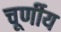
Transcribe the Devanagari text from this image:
चूर्णीय